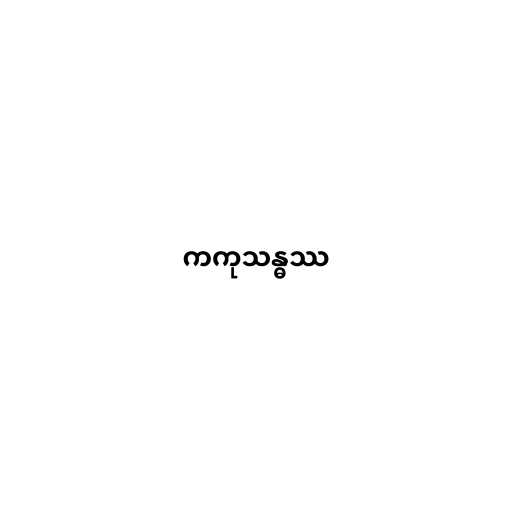
ကကုသန္ဓဿ